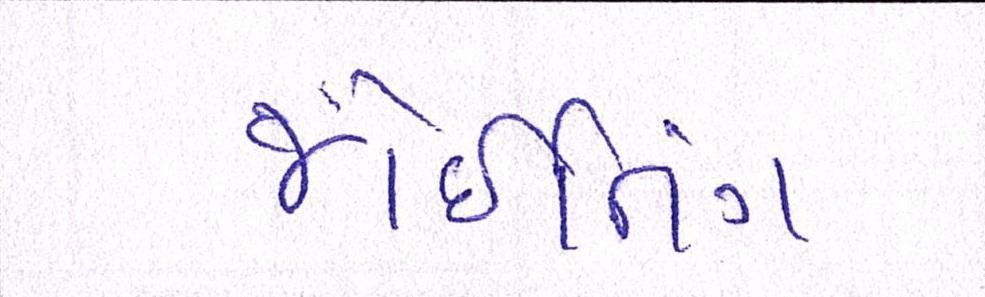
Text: જોઇનિંગ